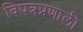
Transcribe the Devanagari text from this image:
विपत्रप्रणाली